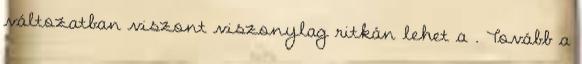
változatban viszont viszonylag ritkán lehet a . Tovább a